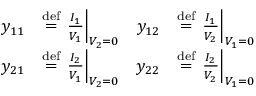
{ \begin{array} { r l r l } { y _ { 1 1 } } & { \mathrel { \stackrel { \mathrm { d e f } } { = } } \left. { \frac { I _ { 1 } } { V _ { 1 } } } \right| _ { V _ { 2 } = 0 } } & { y _ { 1 2 } } & { \mathrel { \stackrel { \mathrm { d e f } } { = } } \left. { \frac { I _ { 1 } } { V _ { 2 } } } \right| _ { V _ { 1 } = 0 } } \\ { y _ { 2 1 } } & { \mathrel { \stackrel { \mathrm { d e f } } { = } } \left. { \frac { I _ { 2 } } { V _ { 1 } } } \right| _ { V _ { 2 } = 0 } } & { y _ { 2 2 } } & { \mathrel { \stackrel { \mathrm { d e f } } { = } } \left. { \frac { I _ { 2 } } { V _ { 2 } } } \right| _ { V _ { 1 } = 0 } } \end{array} }